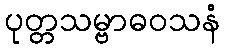
ပုတ္တသမ္ဗာဓဝသနံ